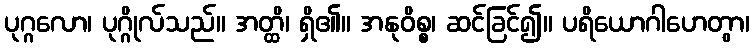
ပုဂ္ဂလော၊ ပုဂ္ဂိုလ်သည်။ အတ္ထိ၊ ရှိ၏။ အနုဝိစ္စ၊ ဆင်ခြင်၍။ ပရိယောဂါဟေတွာ၊